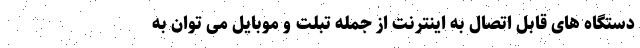
دستگاه های قابل اتصال به اینترنت از جمله تبلت و موبایل می توان به